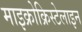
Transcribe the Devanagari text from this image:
माइक्रोक्रिस्टेलाइन